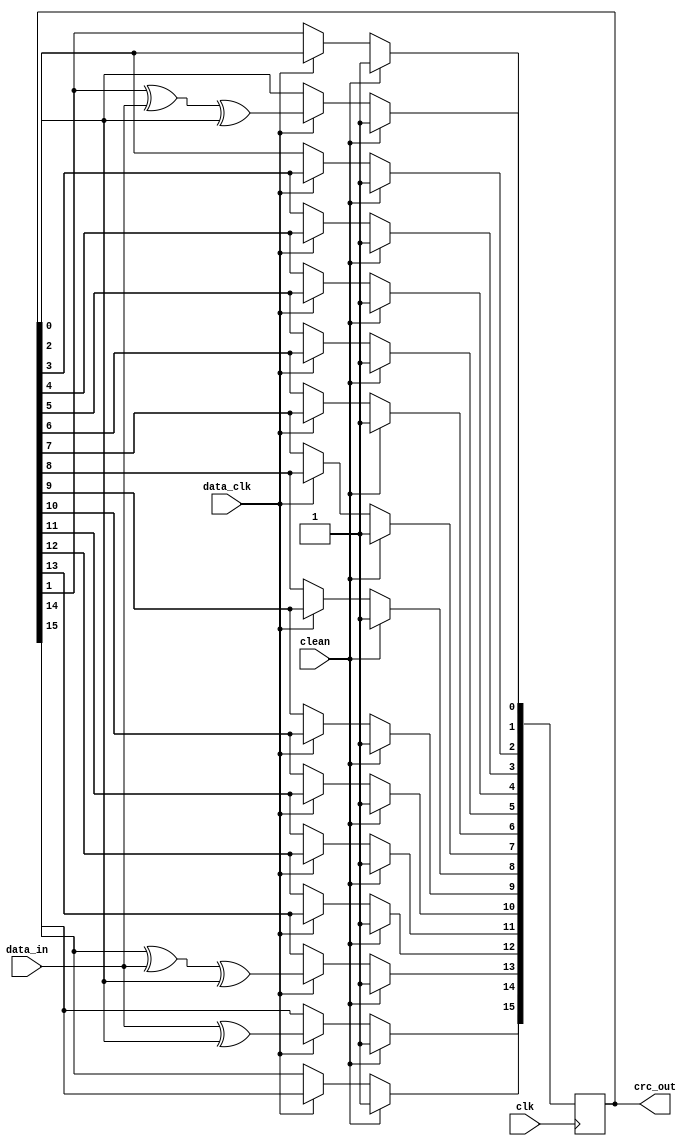
/*
 * This Source Code Form is subject to the terms of the Mozilla
 * Public License, v. 2.0. If a copy of the MPL was not distributed
 * with this file, You can obtain one at https://mozilla.org/MPL/2.0/.
 * Notice: The scope granted to MPL excludes the ASIC industry.
 *
 * Copyright (c) 2017 DUKELEC, All rights reserved.
 *
 *
 * MODBUS CRC LSB first:
 *   https://en.wikipedia.org/wiki/Modbus
 */

module cd_crc(
    input               clk,
    input               clean,
    input               data_clk,
    input               data_in,
    output wire [15:0]  crc_out
);

reg [0:15] lfsr; // reverse bits
assign crc_out = lfsr;

always @ (posedge clk)
    if (clean) begin
        lfsr <= 16'hFFFF;
    end
    else if (data_clk) begin
        lfsr[0]  <= data_in ^ lfsr[15];
        lfsr[1]  <= lfsr[0];
        lfsr[2]  <= lfsr[1] ^ data_in ^ lfsr[15];
        lfsr[3]  <= lfsr[2];
        lfsr[4]  <= lfsr[3];
        lfsr[5]  <= lfsr[4];
        lfsr[6]  <= lfsr[5];
        lfsr[7]  <= lfsr[6];
        lfsr[8]  <= lfsr[7];
        lfsr[9]  <= lfsr[8];
        lfsr[10] <= lfsr[9];
        lfsr[11] <= lfsr[10];
        lfsr[12] <= lfsr[11];
        lfsr[13] <= lfsr[12];
        lfsr[14] <= lfsr[13];
        lfsr[15] <= lfsr[14] ^ data_in ^ lfsr[15];
    end

endmodule